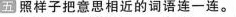
五 照样子把意思相近的词语连一连。